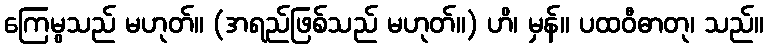
ကြေမွသည် မဟုတ်။ (အရည်ဖြစ်သည် မဟုတ်။) ဟိ၊ မှန်။ ပထဝီဓာတု၊ သည်။